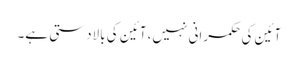
آئین کی حکمرانی نہیں، آئین کی بالادستی ہے۔